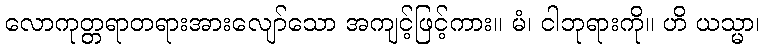
လောကုတ္တရာတရားအားလျော်သော အကျင့်ဖြင့်ကား။ မံ၊ ငါဘုရားကို။ ဟိ ယသ္မာ၊